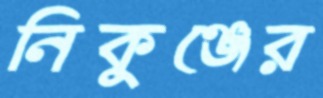
নিকুঞ্জের